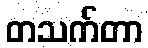
တသက်တာ